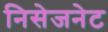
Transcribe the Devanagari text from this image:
निसेजनेट